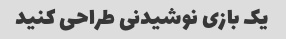
یک بازی نوشیدنی طراحی کنید